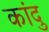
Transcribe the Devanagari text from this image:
कांदु